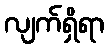
လျက်ရှိရာ